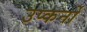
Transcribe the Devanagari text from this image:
उप्कर्नो